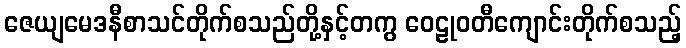
ဇေယျမေဒနီစာသင်တိုက်စသည်တို့နှင့်တကွ ဝေဠုဝတီကျောင်းတိုက်စသည့်